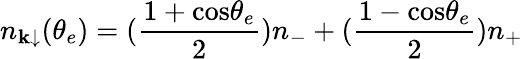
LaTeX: n_{\mathbf{k}\downarrow}(\theta_{e})=({\frac{{1+\mathrm{{cos}}\theta_{e}}}{{2}}})n_{-}+({\frac{{1-\mathrm{{cos}}\theta_{e}}}{{2}}})n_{+}